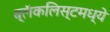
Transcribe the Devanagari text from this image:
ब्लॅकलिस्टमध्ये